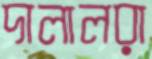
দালালরা